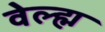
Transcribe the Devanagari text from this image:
वेल्ह्म